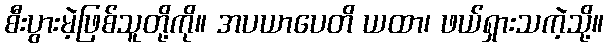
စီးပွားမဲ့ဖြစ်သူတို့ကို။ အပယာပေတိ ယထာ၊ ဖယ်ရှားသကဲ့သို့။